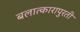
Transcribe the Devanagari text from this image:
बलात्कारापुरती